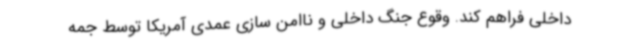
داخلی فراهم کند. وقوع جنگ داخلی و ناامن سازی عمدی آمریکا توسط جمه